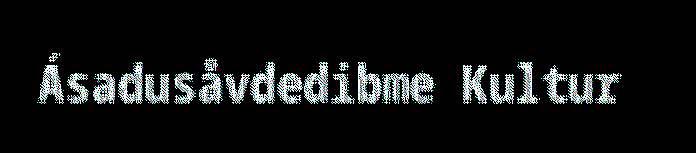
Ásadusåvdedibme Kultur